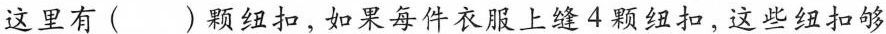
这里有( )颗纽扣，如果每件衣服上缝4颗纽扣，这些纽扣够